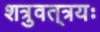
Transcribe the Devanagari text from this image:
शत्रुवत्‌त्रयः